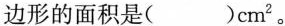
边形的面积是( )cm^{ 2}。